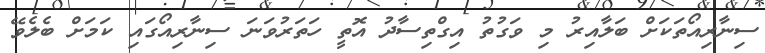
ސިނާރިއޯތަކަށް ބަލާއިރު މި ވަގުތު އިގްތިސާދު އޮތީ ހަތަރުވަނަ ސިނާރިއޯގައި ކަމަށް ބެލެވޭ